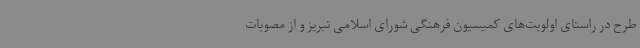
طرح در راستای اولویت‌های کمیسیون فرهنگی شورای اسلامی تبریز و از مصوبات